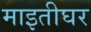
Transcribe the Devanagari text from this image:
माइतीघर